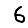
Digit: 6